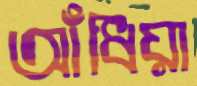
আঁধিয়া